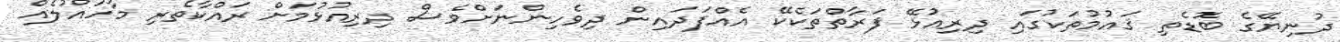
ދުނިޔޭގެ ބޮޑެތި ޤައުމުތަކުގައި ދިރިއުޅޭ ފަރާތްތަކެކޭ އެއްފަދައިން ދިވެހިންނަށްވެސް ދިރިއުޅުމަށް ރައްކާތެރި މާހައުލެއް